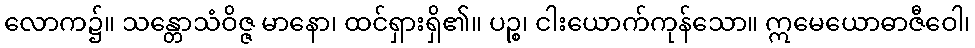
လောက၌။ သန္တောသံဝိဇ္ဇ မာနော၊ ထင်ရှားရှိ၏။ ပဉ္စ၊ ငါးယောက်ကုန်သော။ ဣမေယောဓာဇီဝေါ၊